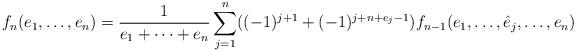
LaTeX: \begin{align*}f_n(e_1,\dots,e_n)=\frac{1}{e_1+\dots+e_n} \sum_{j=1}^n ( (-1)^{j+1}+(-1)^{j+n+e_j-1} )f_{n-1}(e_1,\dots,\hat e_j,\dots, e_n)\end{align*}